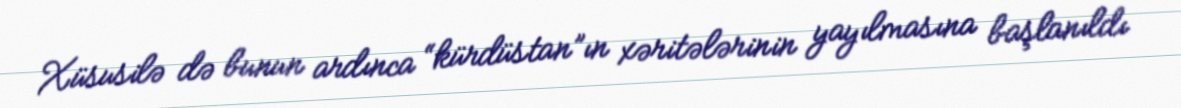
Xüsusilə də bunun ardınca “kürdüstan”ın xəritələrinin yayılmasına başlanıldı